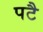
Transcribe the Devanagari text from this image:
पटै